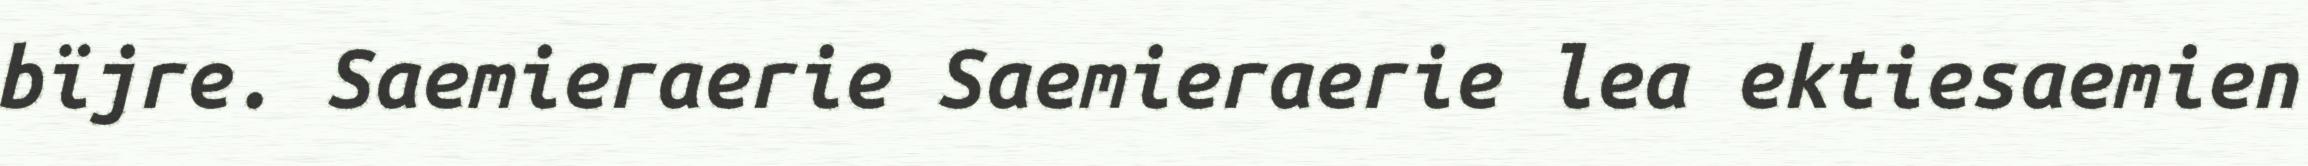
bïjre. Saemieraerie Saemieraerie lea ektiesaemien